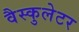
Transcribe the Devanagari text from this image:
वैस्कुलेटर